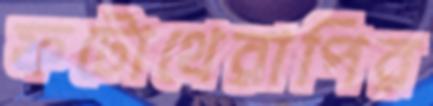
ফটোথেরাপির